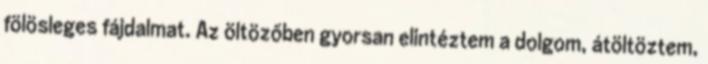
fölösleges fájdalmat. Az öltözőben gyorsan elintéztem a dolgom, átöltöztem,